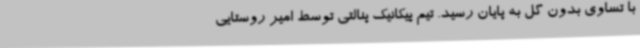
با تساوی بدون گل به پایان رسید. تیم پیکانیک پنالتی توسط امیر روستایی